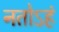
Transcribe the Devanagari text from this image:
नतोऽहं